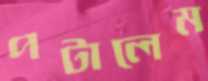
পটালেম